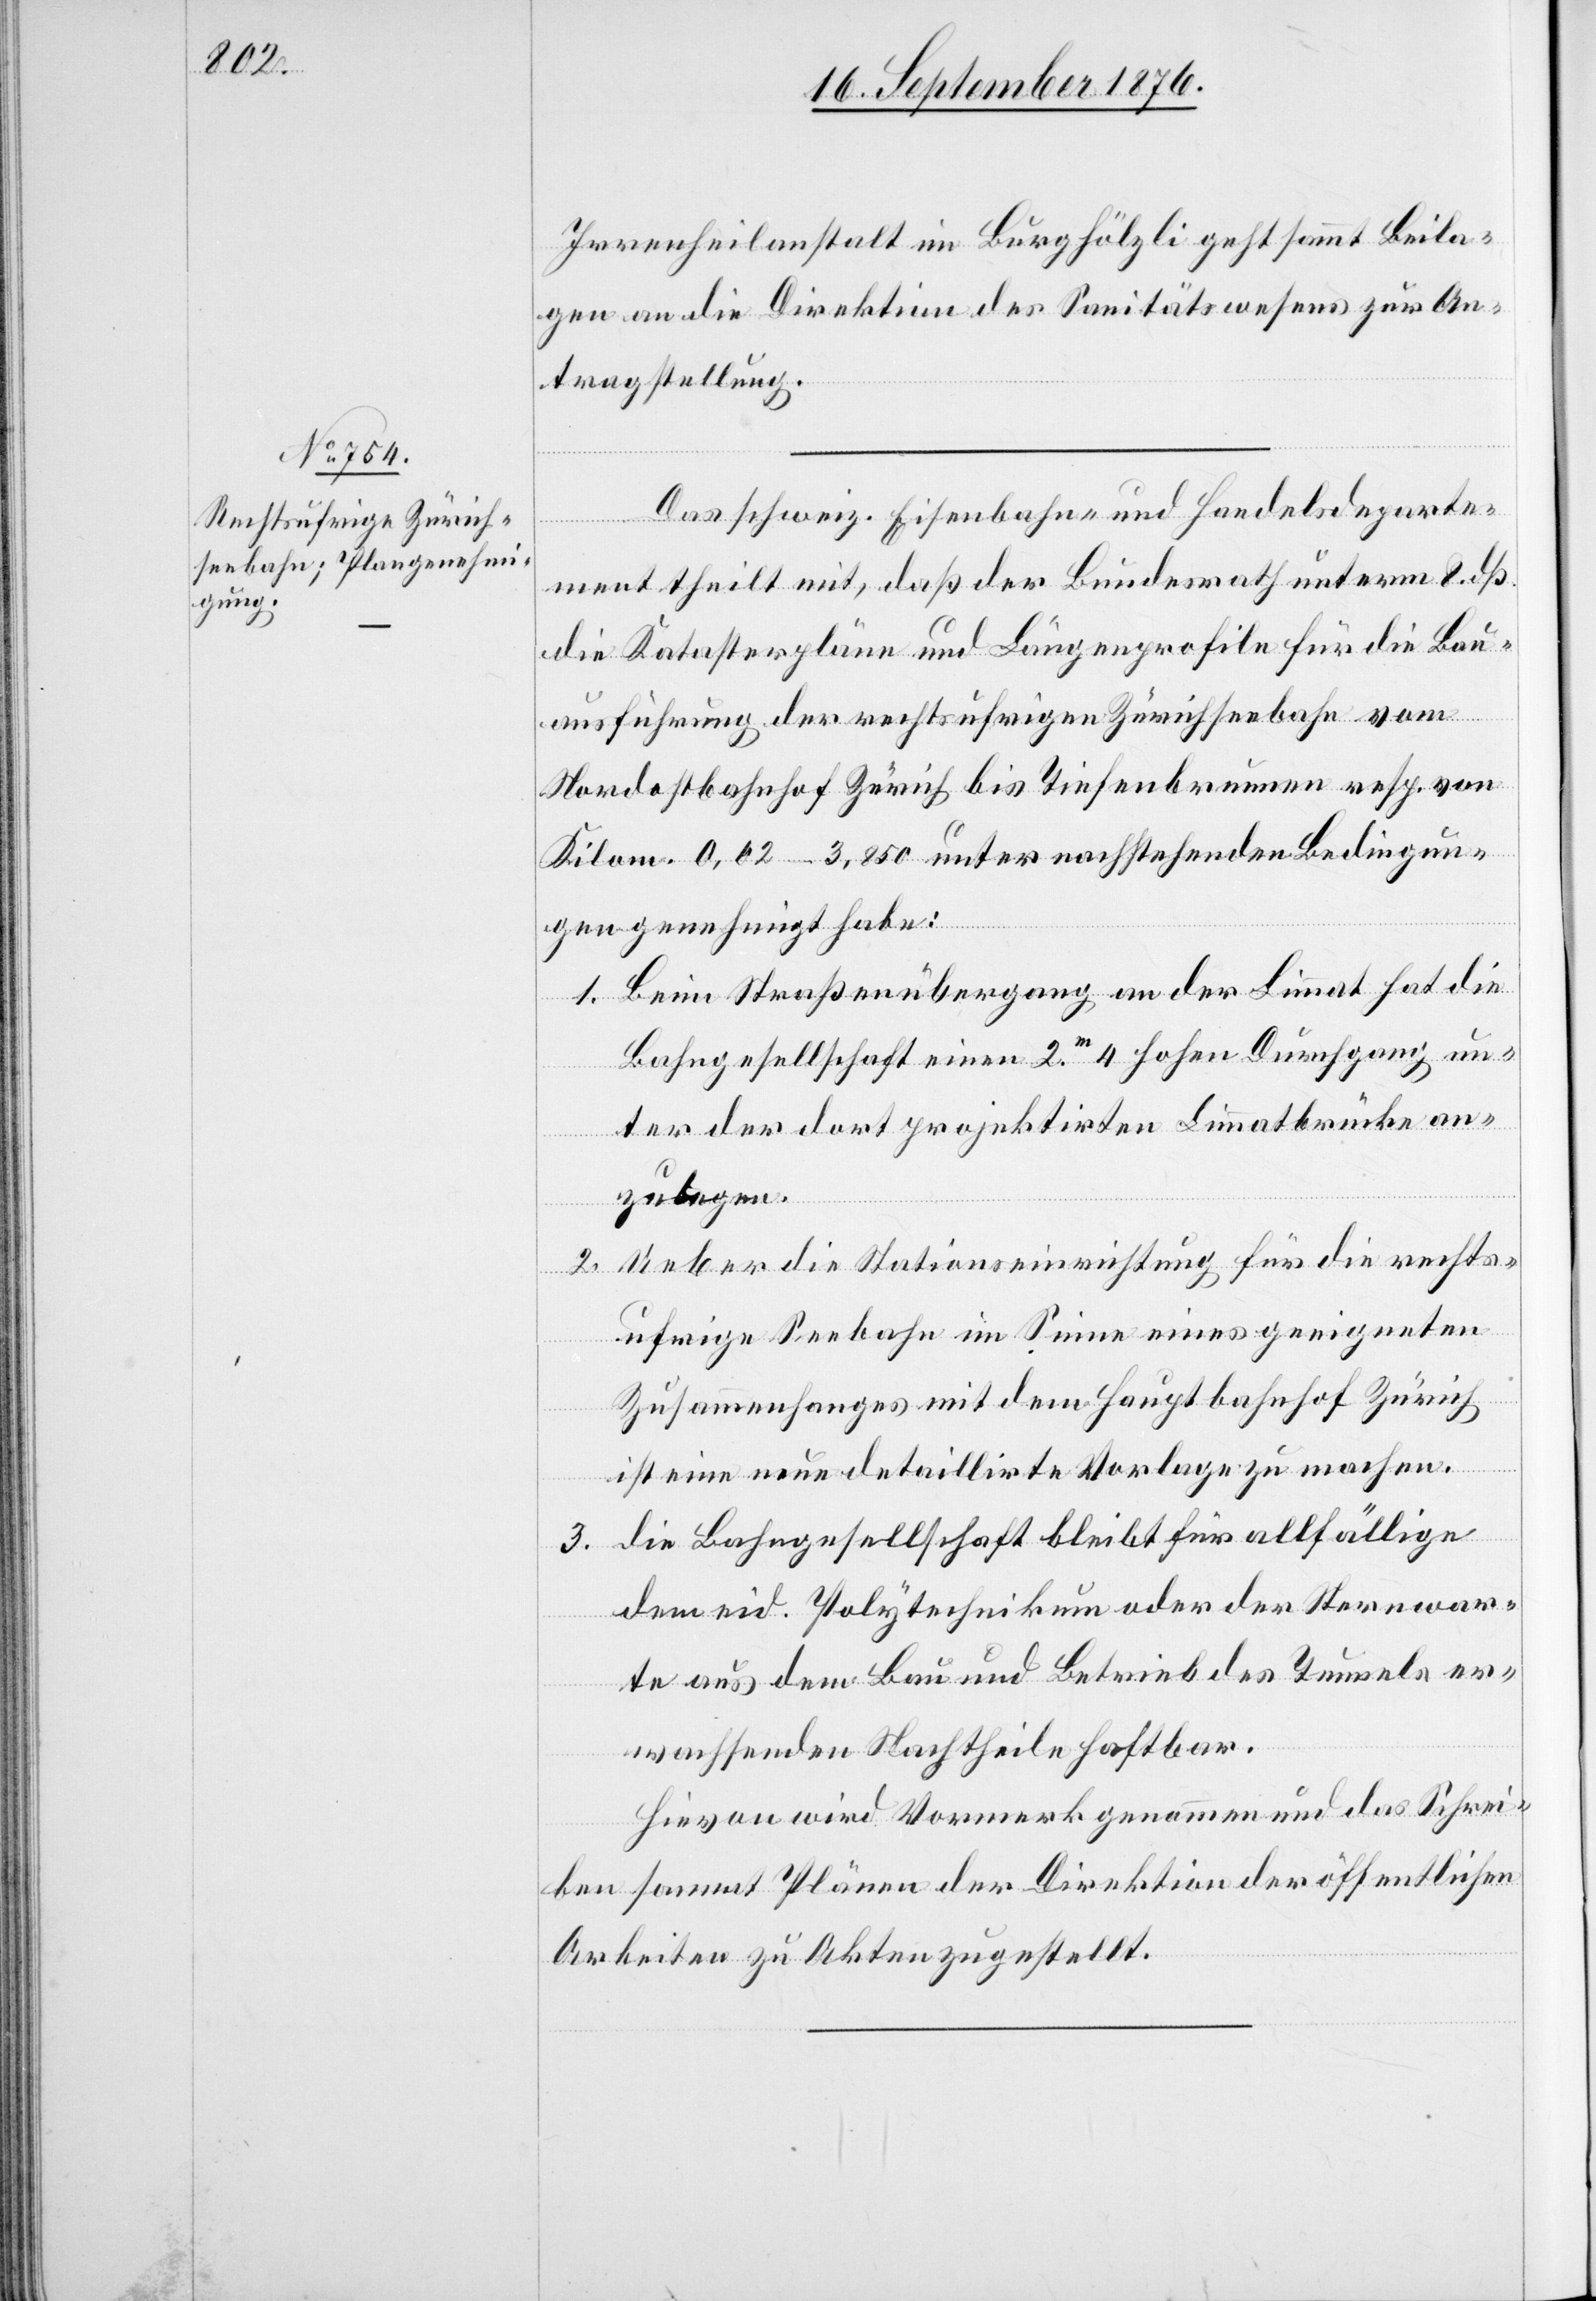
Irrenanstalt im Burghölzli geht sammt Beila¬
gen an die Direktion des Sanitätswesens zur An¬
tragstellung.
Das schweiz. Eisenbahn- und Handelsdeparte¬
ment theilt mit, daß der Bundesrath unterm 8. dß.
die Katasterpläne und Längenprofile für die Bau¬
ausführung der rechtsufrigen Zürichseebahn vom
Nordostbahnhof Zürich bis Tiefenbrunnen resp. von
Kilom. 0,02–3,850 unter nachstehenden Bedingun¬
gen genehmigt habe:
1. Beim Straßenübergang an der Limmat hat die
Bahngesellschaft einen 2m 4 hohen Durchgang un¬
ter der dort projektirten Limmatbrücke an¬
zulegen.
2. Ueber die Stationseinrichtung für die rechts¬
ufrige Seebahn im Sine eines geeigneten
Zusammenhanges mit dem Hauptbahnhof Zürich
ist eine neue detaillirte Vorlage zu machen.
3. die Bahngesellschaft bleibt für allfällige
dem eid. Polytechnikum oder der Sternwar¬
te aus dem Bau und Betrieb des Tunnels er¬
wachsenden Nachtheile haftbar.
Hievon wird Vormerk genommen und das Schrei¬
ben sammt Plänen der Direktion der öffentlichen
Arbeiten zu Akten zugestellt.